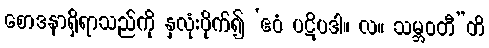
စောဒနာရှိရာသည်ကို နှလုံးပိုက်၍ ‘ဧဝံ ပဋိပဒါ။ လ။ သမ္ဘဝတီ”တိ